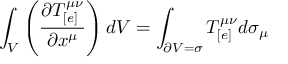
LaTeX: \int _ { V } \left( \frac { \partial T _ { [ e ] } ^ { \mu \nu } } { \partial x ^ { \mu } } \right) d V = \int _ { \partial V = \sigma } T _ { [ e ] } ^ { \mu \nu } d \sigma _ { \mu }